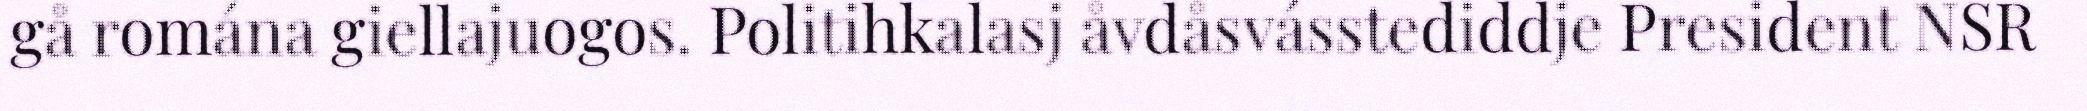
gå romána giellajuogos. Politihkalasj åvdåsvásstediddje President NSR